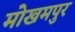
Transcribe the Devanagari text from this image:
मोखमपुर